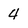
Character: 4